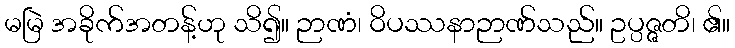
မမြဲ အခိုက်အတန့်ဟု သိ၍။ ဉာဏံ၊ ဝိပဿနာဉာဏ်သည်။ ဥပ္ပဇ္ဇတိ၊ ၏။